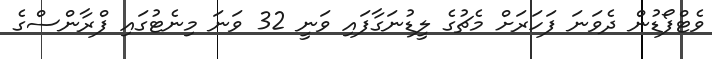
ވެޓްފޯޑުން ދެވަނަ ފަހަރަށް މެޗުގެ ލީޑުނަގާފައި ވަނީ 32 ވަނަ މިނެޓުގައި ފްރާންސްގެ